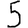
Digit: 5